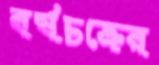
বর্ষচক্রের